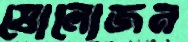
ষোলোজন